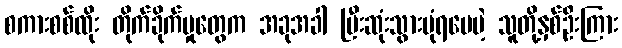
စကားစစ်ထိုး တိုက်ခိုက်မှုတွေက အခုအခါ ပြီးဆုံးသွားပုံရပေမဲ့ သူတို့နှစ်ဦးကြား